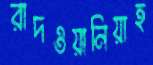
রাদওয়ানিয়াহ